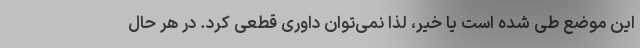
این موضع طی شده است یا خیر، لذا نمی‌توان داوری قطعی کرد. در هر حال